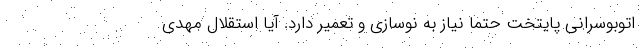
اتوبوسرانی پایتخت حتما نیاز به نوسازی و تعمیر دارد. آیا استقلال مهدی